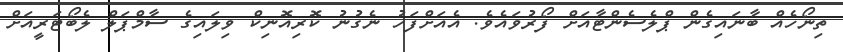
ތިނޯހެއް ބާނައިގެން ޕްލެސެންޓާއަށް ފޯރުވައެވެ. އެއަށްފަހު ނެގުނު ކޮރިއޮނިކް ވިލައިގެ ސާމްޕަލް ލެބޯޓަރީއަށް